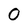
Character: 0